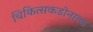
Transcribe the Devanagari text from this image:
चिकित्सकडोनाल्ड